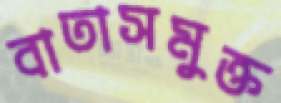
বাতাসমুক্ত